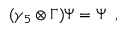
( \gamma _ { 5 } \otimes \Gamma ) \Psi = \Psi \; \; ,